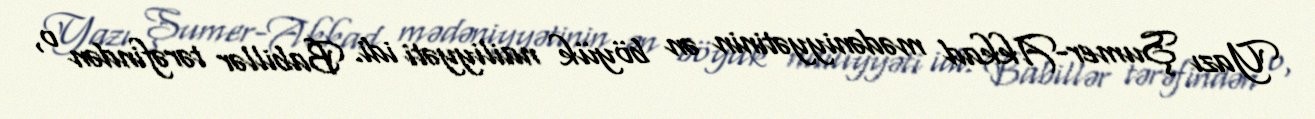
Yazı Şumer-Akkad mədəniyyətinin ən böyük nailiyyəti idi. Babillər tərəfindən o,